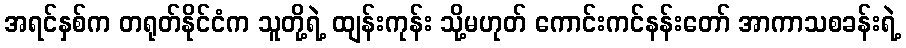
အရင်နှစ်က တရုတ်နိုင်ငံက သူတို့ရဲ့ ထျန်းကုန်း သို့မဟုတ် ကောင်းကင်နန်းတော် အာကာသစခန်းရဲ့